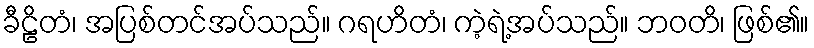
ခီဠိတံ၊ အပြစ်တင်အပ်သည်။ ဂရဟိတံ၊ ကဲ့ရဲ့အပ်သည်။ ဘဝတိ၊ ဖြစ်၏။